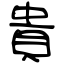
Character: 貴